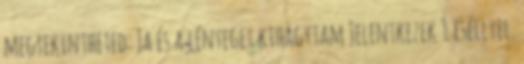
megtekintheted: Ja és a lényeget kihagytam Jelentkezek 1 eséllyel.